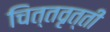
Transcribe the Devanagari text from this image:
चित्तवृत्ती